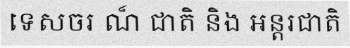
ទេសចរ ណ៏ ជាតិ និង អន្តរជាតិ